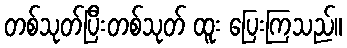
တစ်သုတ်ပြီးတစ်သုတ် ထူး ပြေးကြသည်။